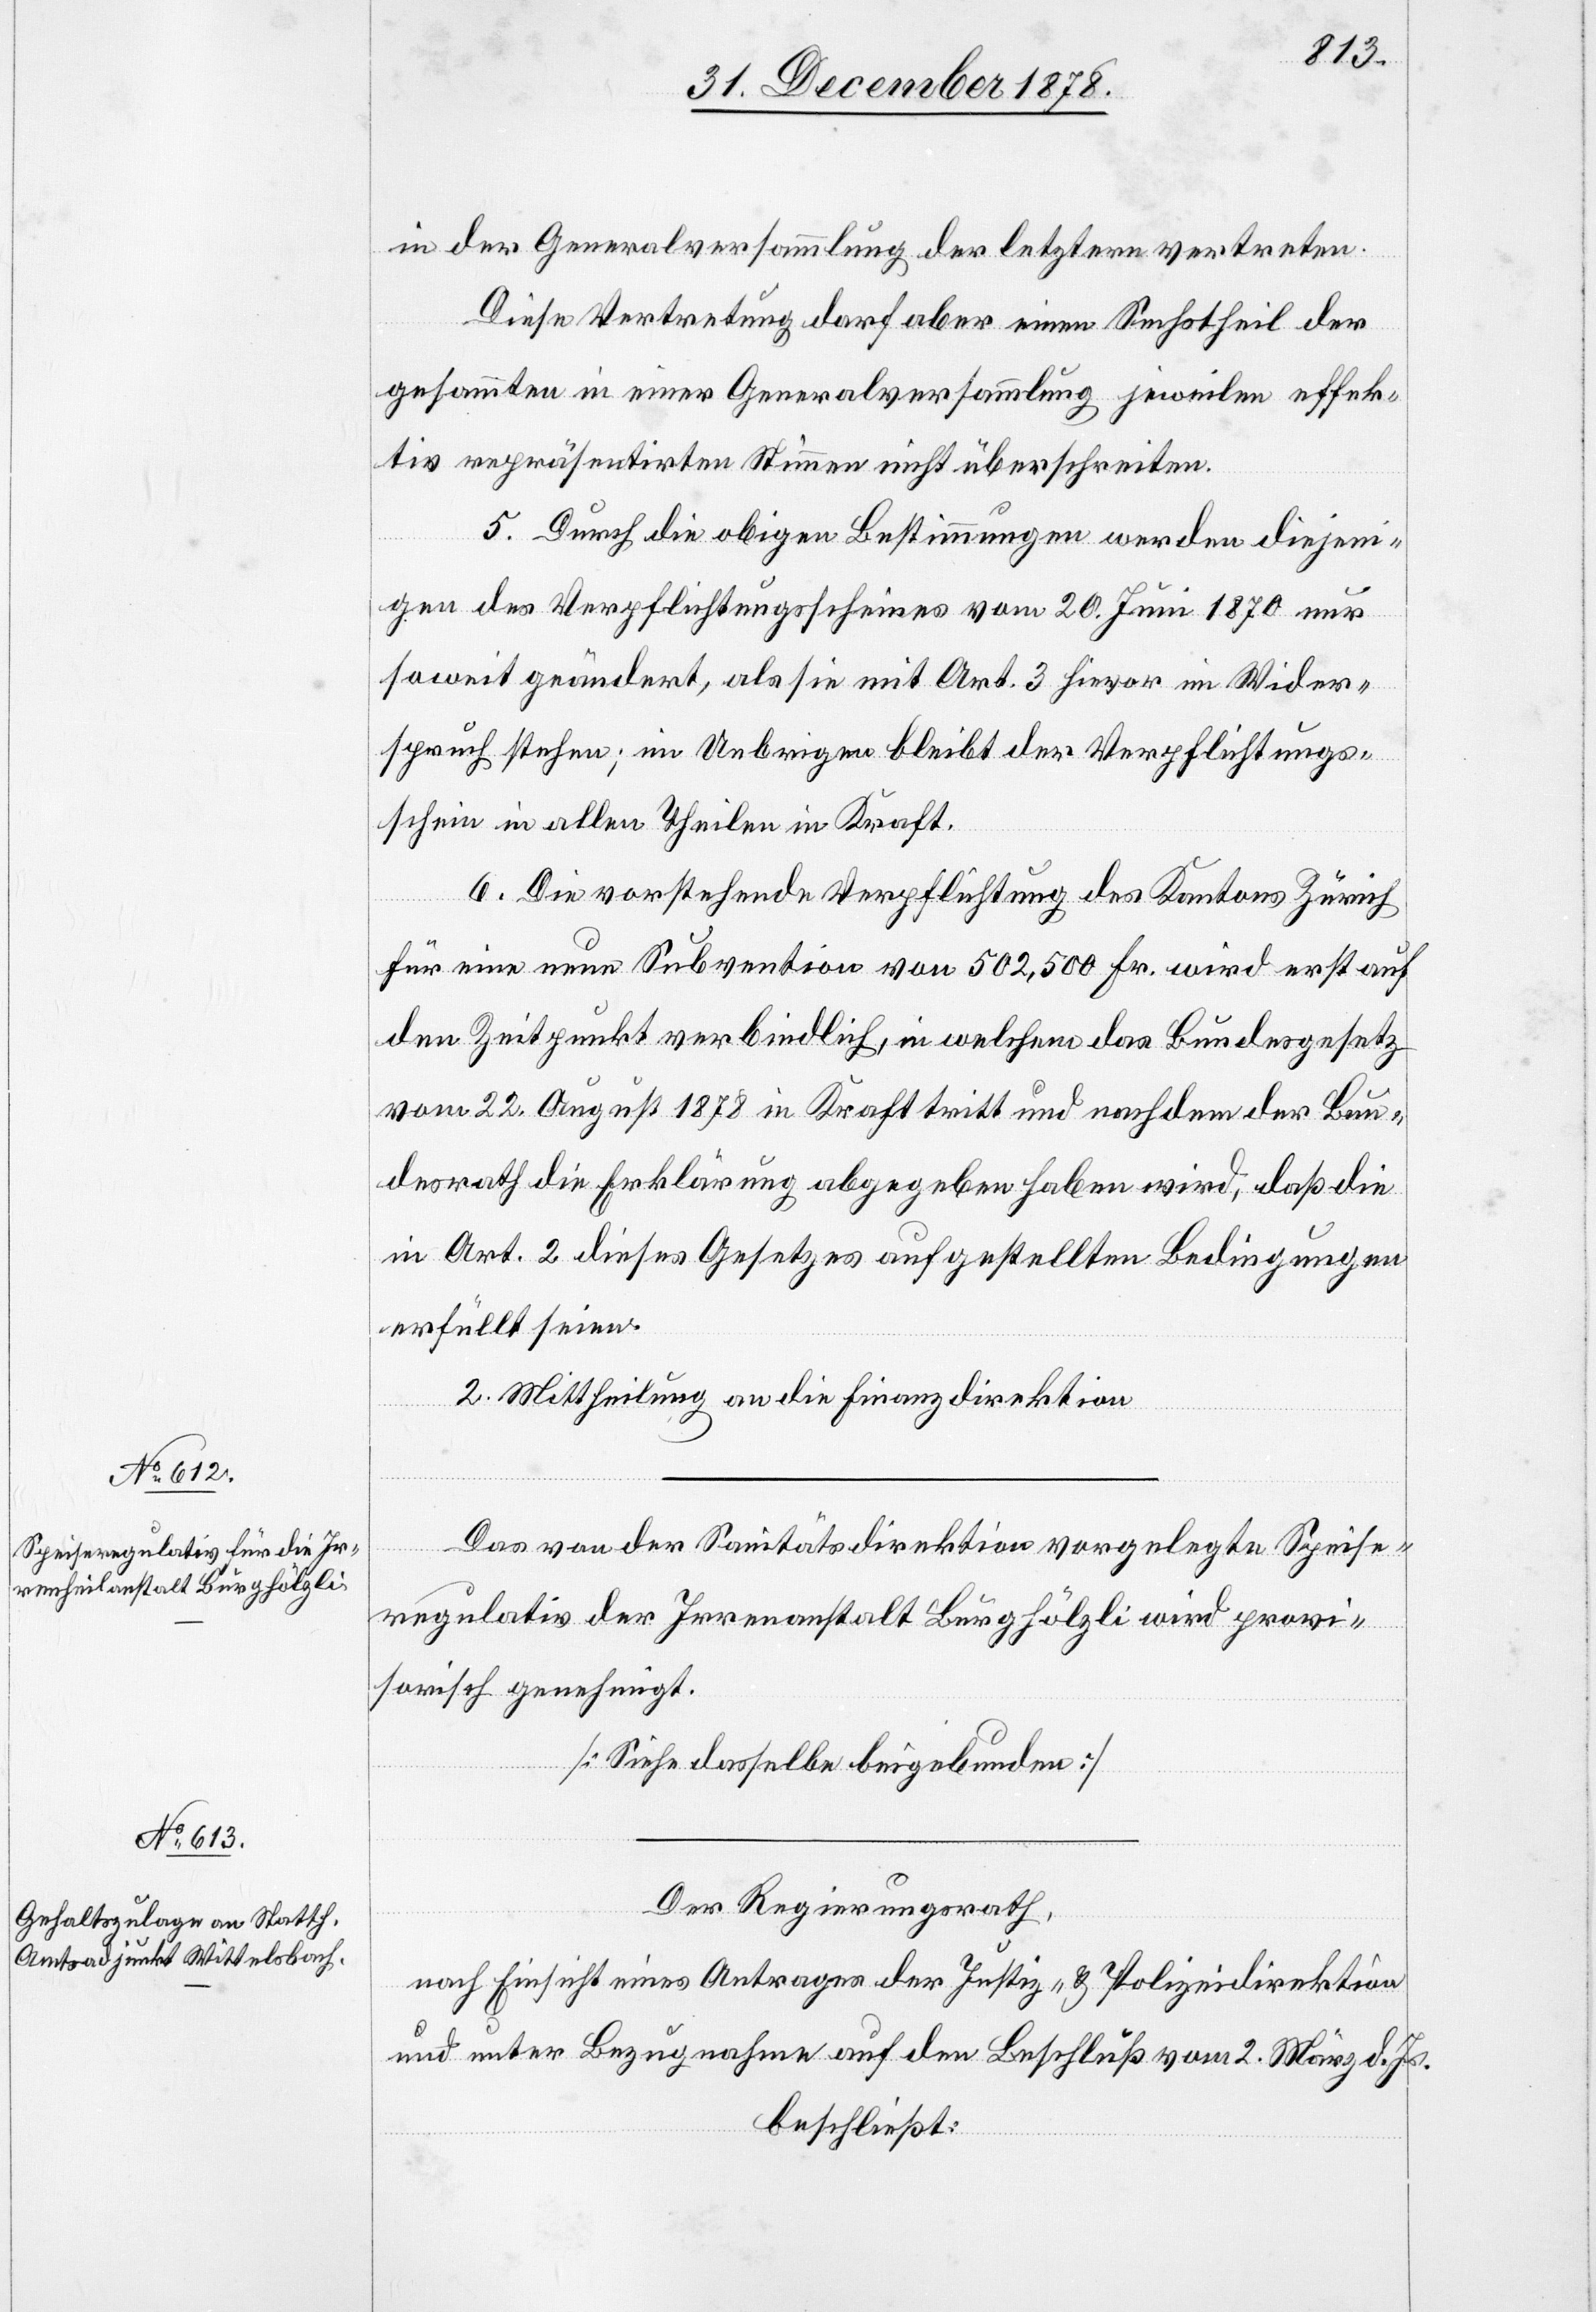
in der Generalversammlung der letztern vertreten.
Diese Vertretung darf aber einen Sechstheil der
gesammten in einer Generalversammlung jeweilen effek¬
tiv repräsentirten Stimmen nicht überschreiten.
5. Durch die obigen Bestimmungen werden diejeni¬
gen des Verpflichtungsscheines vom 20. Juni 1870 nur
soweit geändert, als sie mit Art. 3 hievor im Wider¬
spruch stehen; im Uebrigen bleibt der Verpflichtungs¬
schein in allen Theilen in Kraft.
6. Die vorstehende Verpflichtung des Kantons Zürich
für eine neue Subvention von 502,500 Fr. wird erst auf
den Zeitpunkt verbindlich, in welchem das Bundesgesetz
vom 22. August 1878 in Kraft tritt und nachdem der Bun¬
desrath die Erklärung abgehoben haben wird, daß die
in Art. 2 dieses Gesetzes aufgestellten Bedingungen
erfüllt seien.
2. Mittheilung an die Finanzdirektion.
Das von der Sanitätsdirektion vorgelegte Speise¬
regulativ der Irrenanstalt Burghölzli wird provi¬
sorisch genehmigt.
[Siehe dasselbe beigebunden]
Der Regierungsrath,
nach Einsicht eines Antrages der Justiz- & Polizeidirektion
und unter Bezugnahme auf den Beschluß vom 2. März d. Js.
beschließt: